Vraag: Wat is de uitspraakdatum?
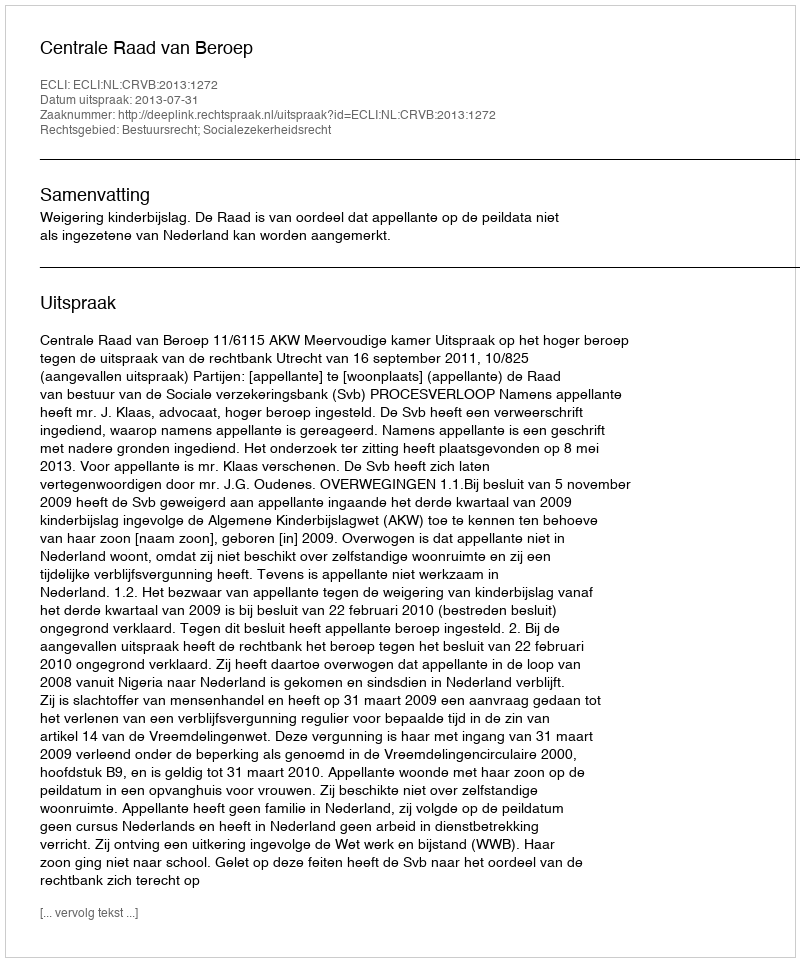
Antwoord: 2013-07-31